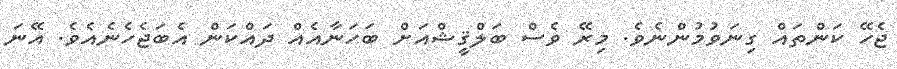
ޖެހޭ ކަންތައް ގިނަވުމުންނެވެ. މިރޭ ވެސް ބަލްޤީޝްއަށް ބަހަނާއެއް ދައްކަން އެބަޖެހެނެއެވެ. އޭނަ